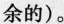
余的)。